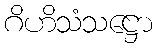
ဂိဟိသံသဋ္ဌော